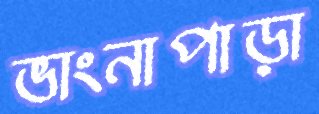
ভাংনাপাড়া